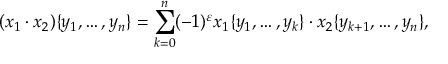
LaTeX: ( x _ { 1 } \cdot x _ { 2 } ) \{ y _ { 1 } , \dots , y _ { n } \} = \sum _ { k = 0 } ^ { n } ( - 1 ) ^ { \varepsilon } x _ { 1 } \{ y _ { 1 } , \dots , y _ { k } \} \cdot x _ { 2 } \{ y _ { k + 1 } , \dots , y _ { n } \} ,